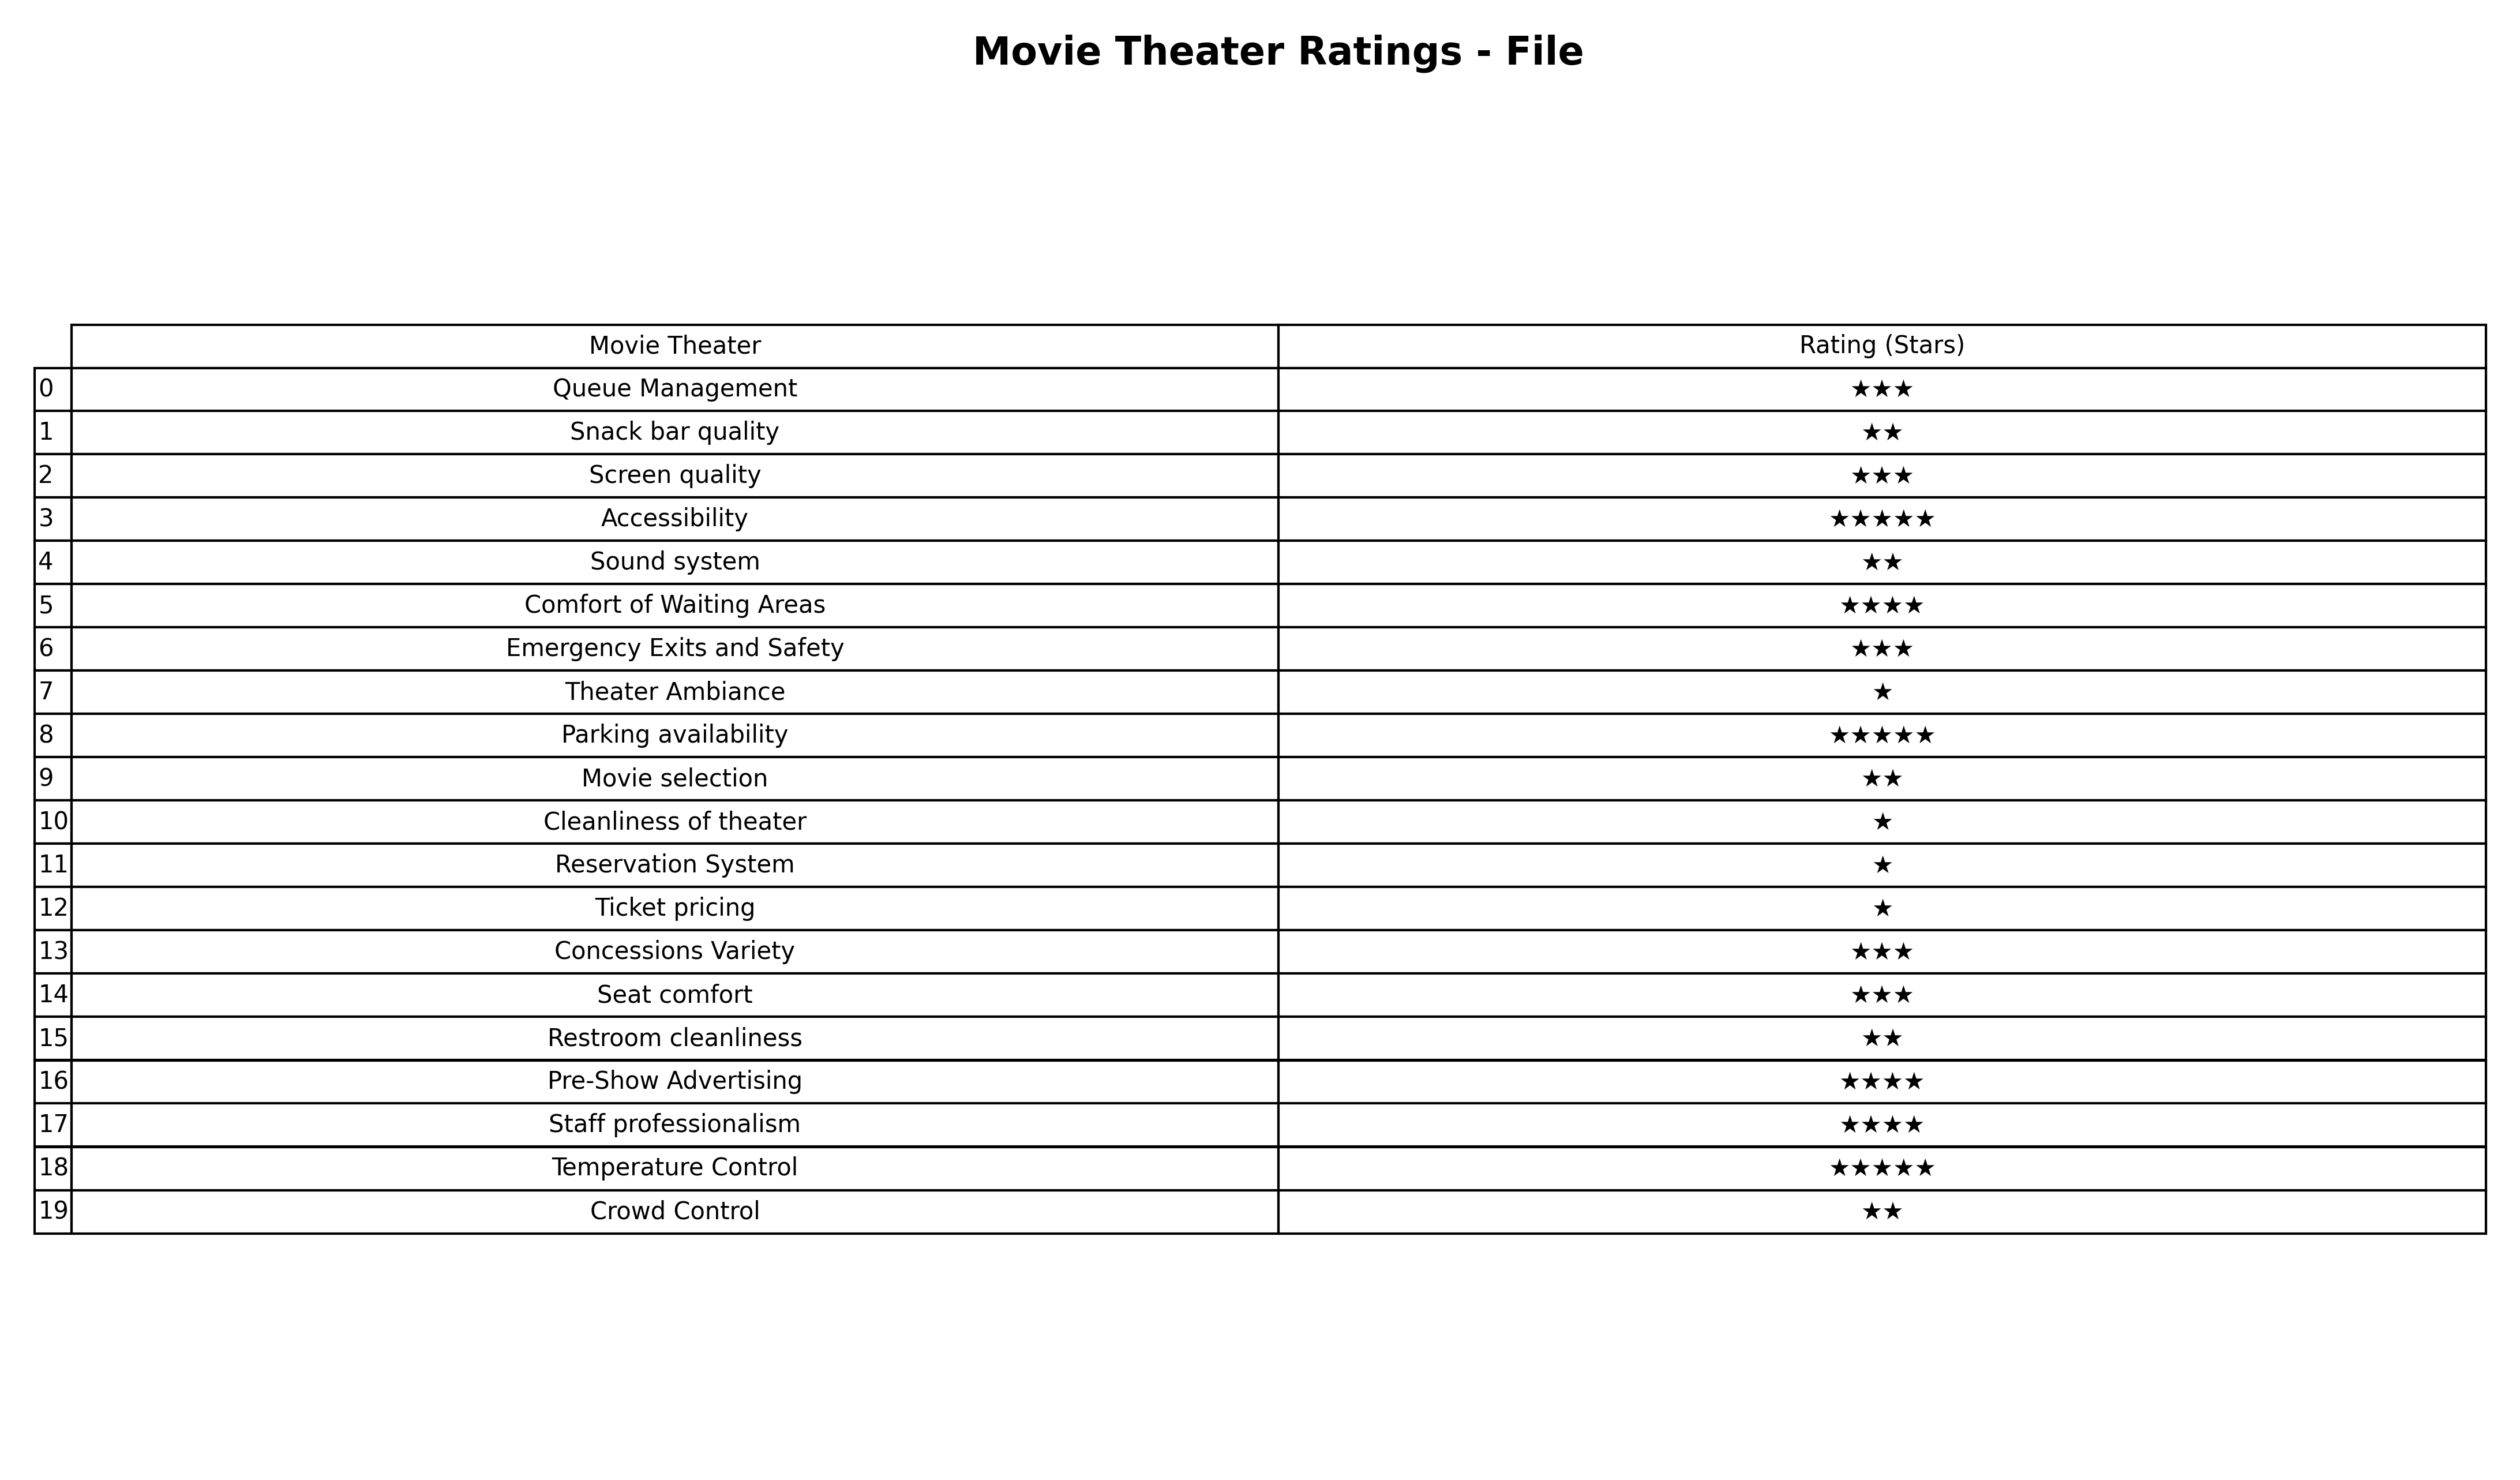
question: What are highest rating services?
answer: Queue ManagementScreen qualityEmergency Exits and SafetyConcessions VarietySeat comfort